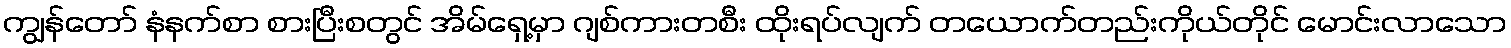
ကျွန်တော် နံနက်စာ စားပြီးစတွင် အိမ်ရှေ့မှာ ဂျစ်ကားတစီး ထိုးရပ်လျက် တယောက်တည်းကိုယ်တိုင် မောင်းလာသော